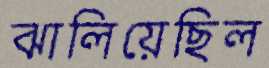
ঝালিয়েছিল